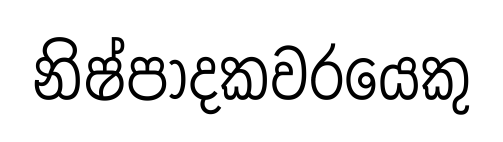
නිෂ්පාදකවරයෙකු